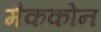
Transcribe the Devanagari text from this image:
मैककोन